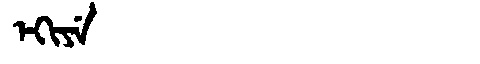
Manchu: ᡝᡴᡳᠶᡝ
Romanization: EKIYE